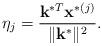
LaTeX: \begin{align*}\eta_j=\frac{\mathbf{k}^{*T}\mathbf{x}^{*(j)}}{\Vert\mathbf{k}^{*}\Vert^{2} }.\end{align*}